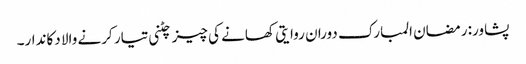
پشاور: رمضان المبارک دوران روایتی کھانے کی چیز چٹنی تیار کرنے والا دکاندار۔